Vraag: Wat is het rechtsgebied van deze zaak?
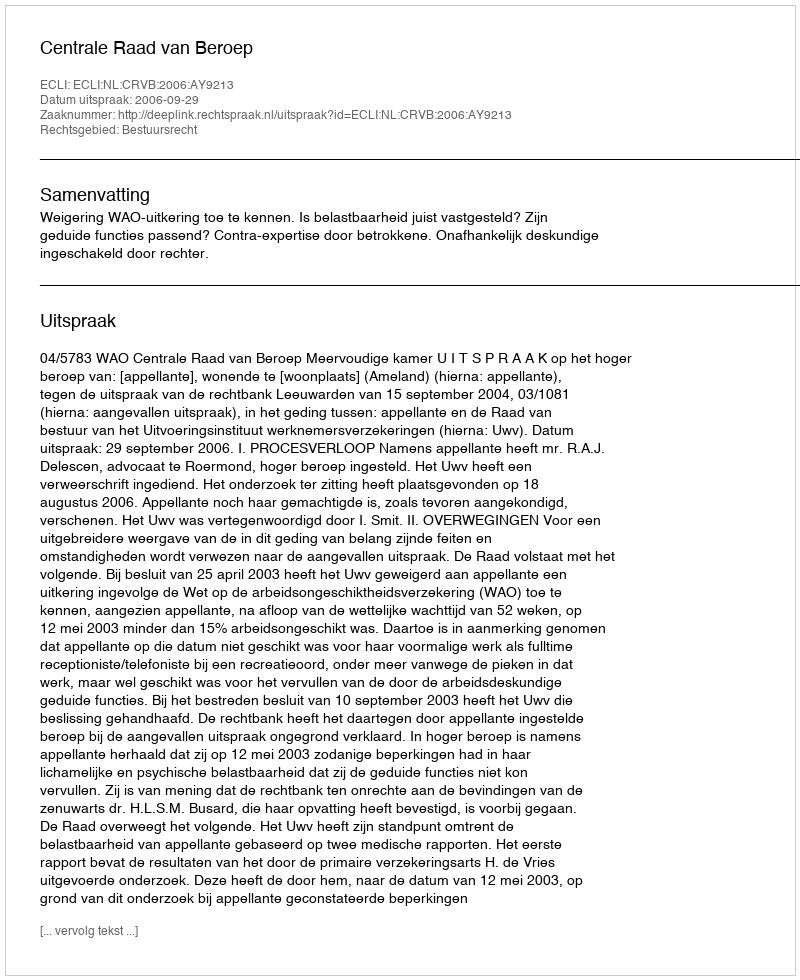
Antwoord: Bestuursrecht